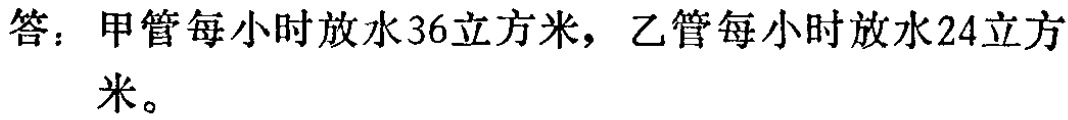
答：甲管每小时放水36立方米，乙管每小时放水24立方米。